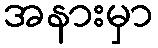
အနားမှာ